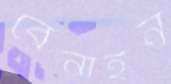
বেনাইন